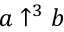
a \uparrow ^ { 3 } b